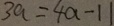
3 a = 4 a - 1 1